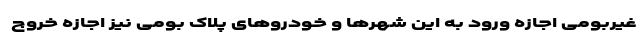
غیربومی اجازه ورود به این شهرها و خودروهای پلاک بومی نیز اجازه خروج